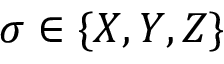
\sigma \in \{ X , Y , Z \}